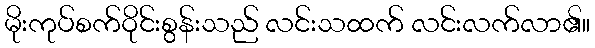
မိုးကုပ်စက်ဝိုင်းစွန်းသည် လင်းသထက် လင်းလက်လာ၏။